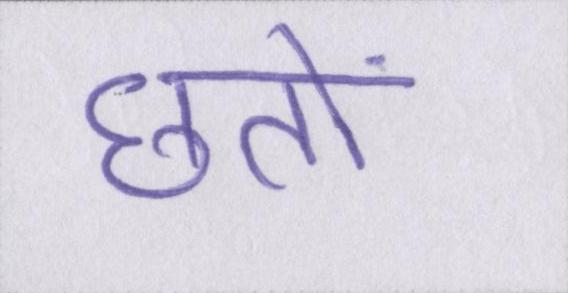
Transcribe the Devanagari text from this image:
छतों